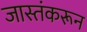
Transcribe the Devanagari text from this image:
जास्तंकरून